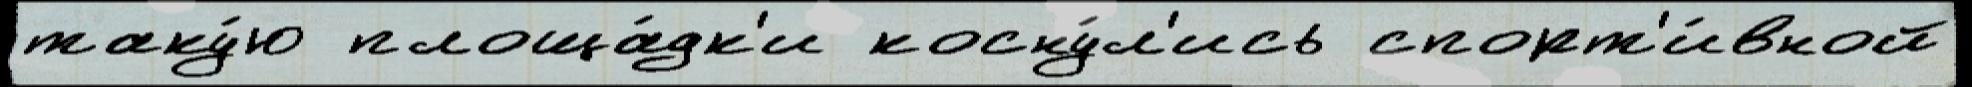
таку́ю площа́дк'и косну́л'ись спорт'и́вной